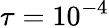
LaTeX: \tau=10^{-4}